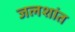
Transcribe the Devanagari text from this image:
जलशांत